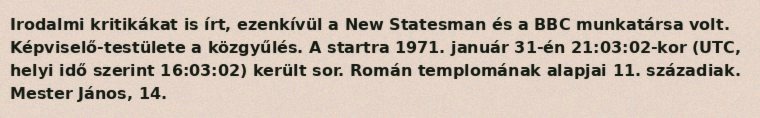
Irodalmi kritikákat is írt, ezenkívül a New Statesman és a BBC munkatársa volt. Képviselő-testülete a közgyűlés. A startra 1971. január 31-én 21:03:02-kor (UTC, helyi idő szerint 16:03:02) került sor. Román templomának alapjai 11. századiak. Mester János, 14.